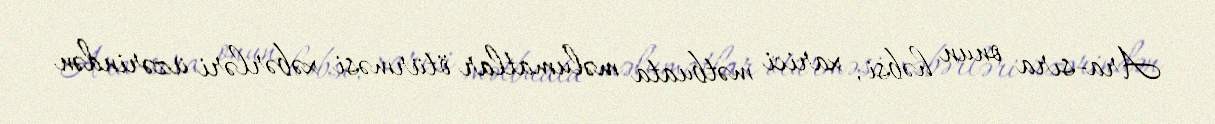
Ara-sıra onun həbsi, xarici mətbuata məlumatlar ötürməsi xəbərləri üzərindən